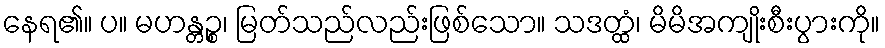
နေရ၏။ ပ။ မဟန္တဉ္စ၊ မြတ်သည်လည်းဖြစ်သော။ သဒတ္ထံ၊ မိမိအကျိုးစီးပွားကို။